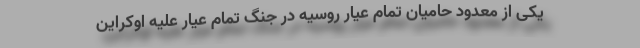
یکی از معدود حامیان تمام عیار روسیه در جنگ تمام عیار علیه اوکراین